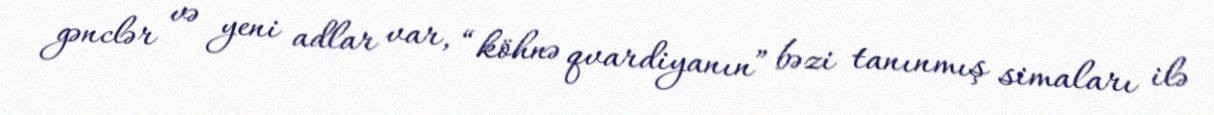
gənclər və yeni adlar var, “köhnə qvardiyanın” bəzi tanınmış simaları ilə